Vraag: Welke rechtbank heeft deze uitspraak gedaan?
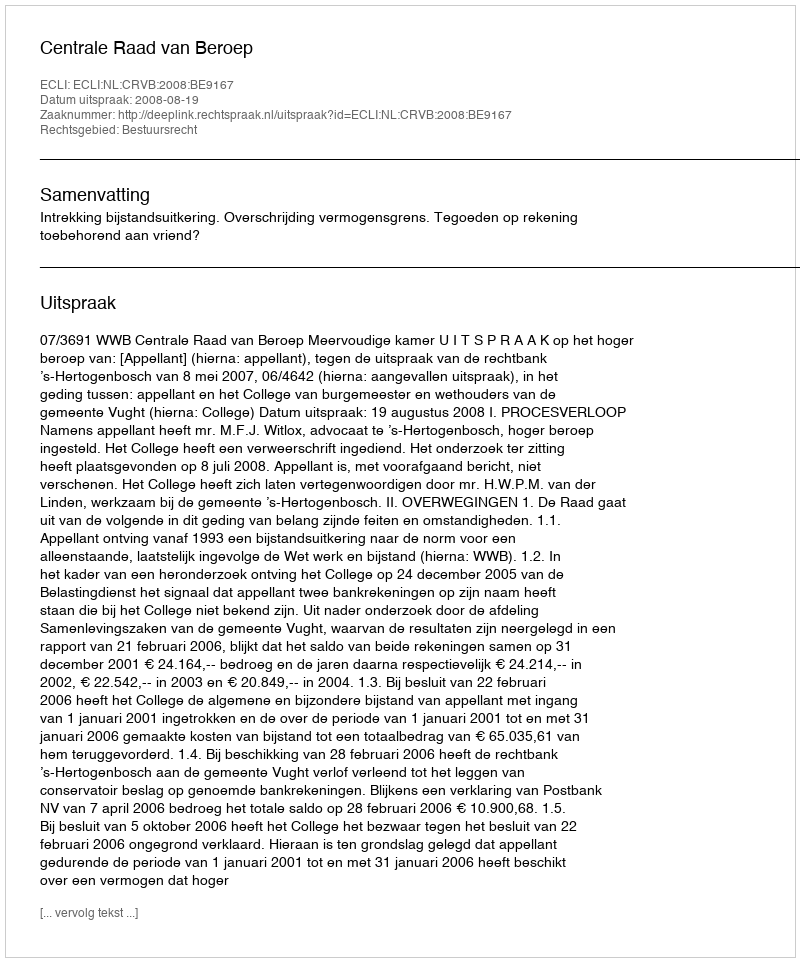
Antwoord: Centrale Raad van Beroep